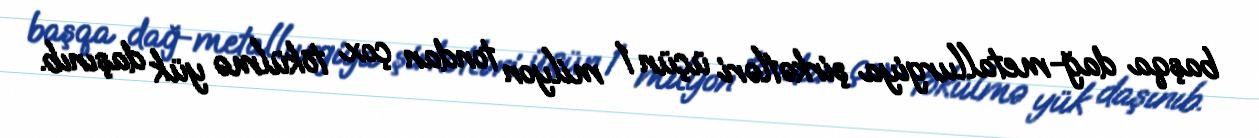
başqa dağ-metallurgiya şirkətləri üçün 1 milyon tondan çox tökülmə yük daşınıb.